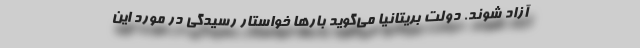
آزاد شوند. دولت بریتانیا می‌گوید بارها خواستار رسیدگی در مورد این